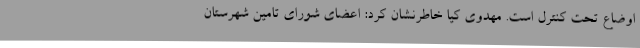
اوضاع تحت کنترل است. مهدوی کیا خاطرنشان کرد: اعضای شورای تامین شهرستان